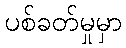
ပစ်ခတ်မှုမှာ